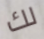
لك